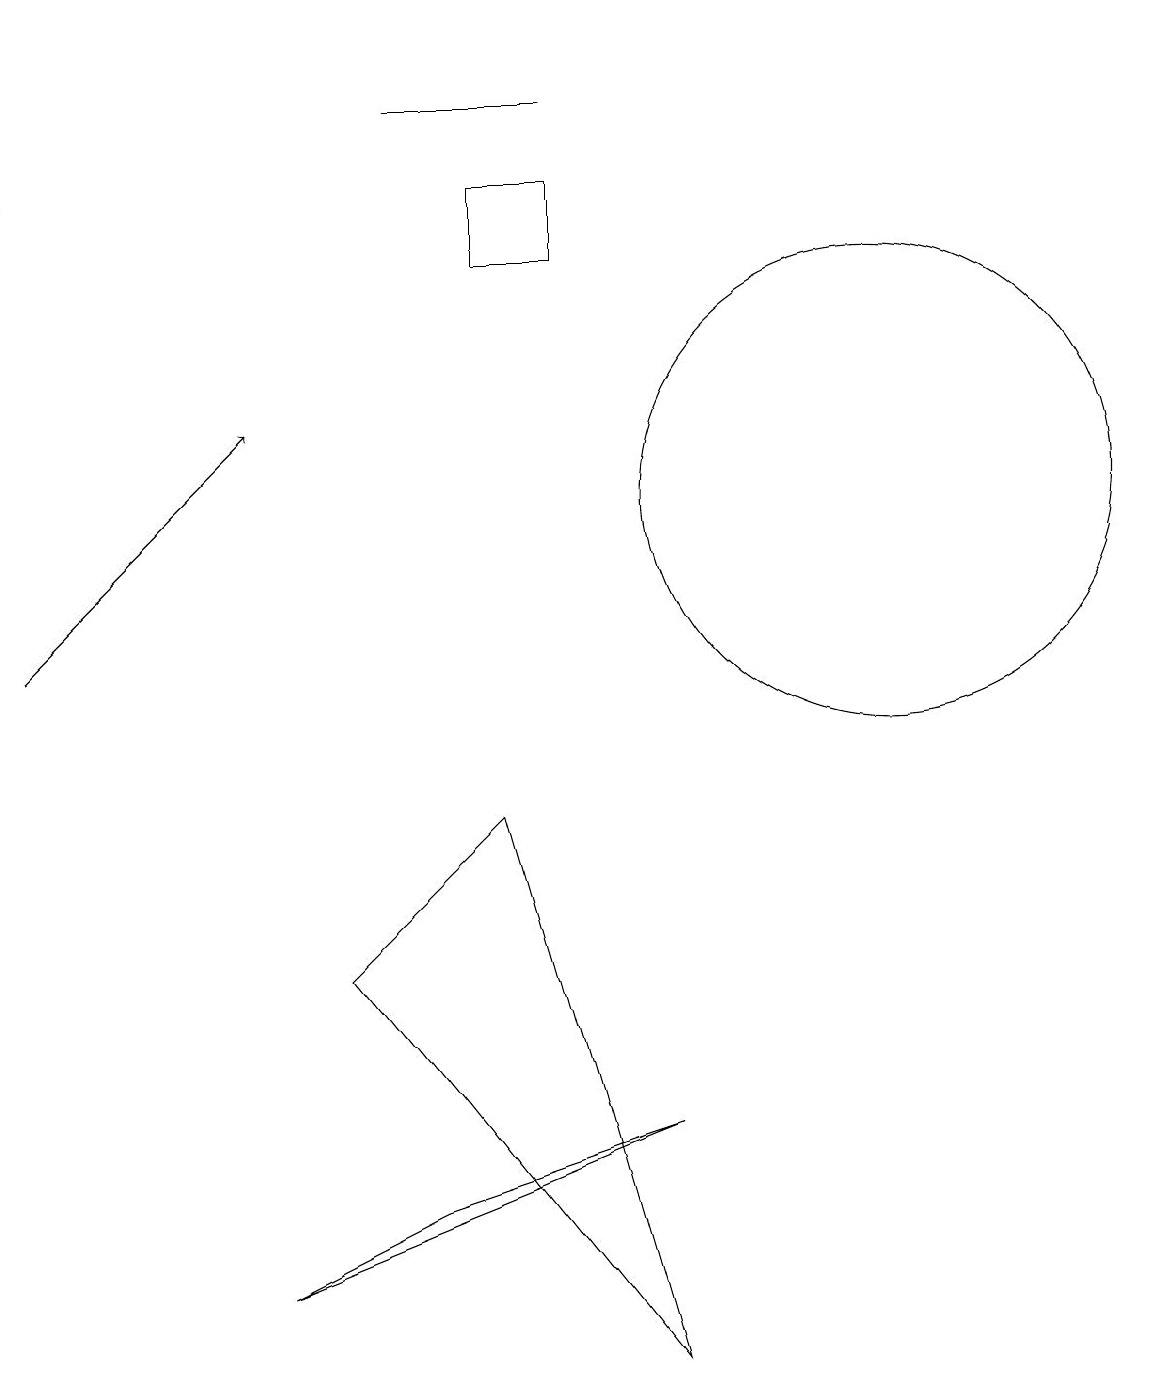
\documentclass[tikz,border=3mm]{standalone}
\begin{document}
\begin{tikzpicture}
\draw[->] (0,10) -- (3,13);
\draw (7,17) rectangle (5,17);
\draw[->] (0,18) -- (0,16);
\draw (6,16) rectangle (7,15);
\draw (8,1) -- (6,8) -- (4,6) -- cycle;
\draw (3,2) -- (5,3) -- (8,4) -- cycle;
\draw (11,12) circle (3);
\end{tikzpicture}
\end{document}